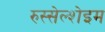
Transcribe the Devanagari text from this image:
रुस्सेल्शेइम